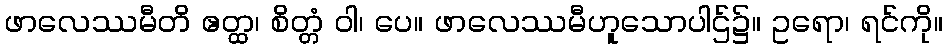
ဖာလေဿမီတိ ဧတ္ထ၊ စိတ္တံ ဝါ၊ ပေ။ ဖာလေဿမီဟူသောပါဌ်၌။ ဥရော၊ ရင်ကို။